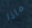
ماذا